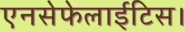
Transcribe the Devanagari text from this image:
एनसेफेलाईटिस।